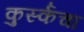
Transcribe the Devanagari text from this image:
कुर्स्कचा